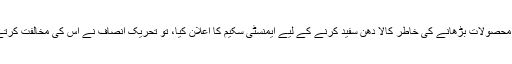
گذشتہ حکومت نے جب محصولات بڑھانے کی خاطر کالا دھن سفید کرنے کے لیے ایمنسٹی سکیم کا اعلان کیا، تو تحریک انصاف نے اس کی مخالفت کرتے ہوئے اسے مسترد کیا۔